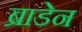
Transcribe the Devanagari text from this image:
ब्राडेन